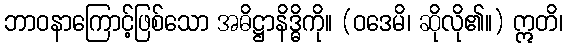
ဘာဝနာကြောင့်ဖြစ်သော အဓိဋ္ဌာနိဒ္ဓိကို။ (ဝဒေမိ၊ ဆိုလို၏။) ဣတိ၊